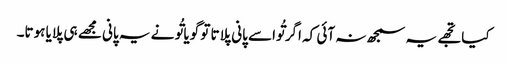
کیا تجھے یہ سمجھ نہ آئی کہ اگر تُواسے پانی پلاتا تو گویا تُو نے یہ پانی مجھے ہی پلایا ہوتا۔